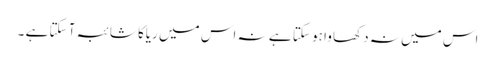
اس میں نہ دکھا وا ہو سکتا ہے نہ اس میں ریاکا شائبہ آ سکتا ہے ۔